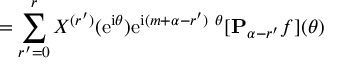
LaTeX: = \sum _ { r ^ { \prime } = 0 } ^ { r } X ^ { ( r ^ { \prime } ) } ( \mathrm { e } ^ { \mathrm { i } \theta } ) \mathrm { e } ^ { \mathrm { i } ( m + \alpha - r ^ { \prime } ) \ { \theta } } [ { \bf P } _ { \alpha - r ^ { \prime } } { f } ] ( \theta )